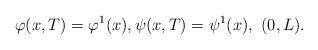
LaTeX: \begin{align*}\varphi(x,T)= \varphi^1(x), \psi(x,T)= \psi^1(x), \,\, (0,L).\end{align*}